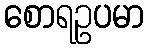
စောရဥပမာ